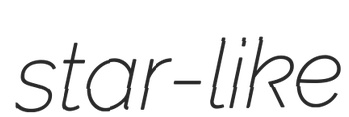
star-like